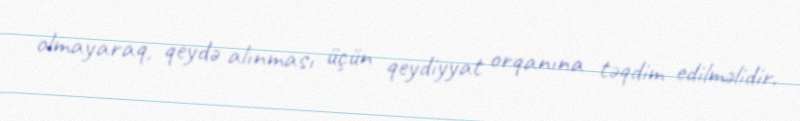
olmayaraq, qeydə alınması üçün qeydiyyat orqanına təqdim edilməlidir.